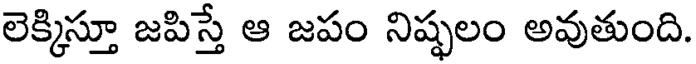
లెక్కిస్తూ జపిస్తే ఆ జపం నిష్ఫలం అవుతుంది.